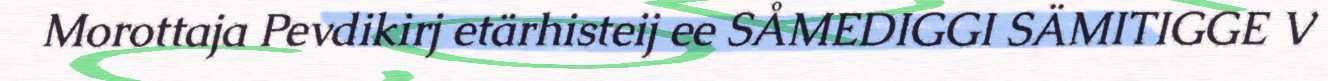
Morottaja Pevdikirj etärhisteij ee SÅMEDIGGI SÄMITIGGE V